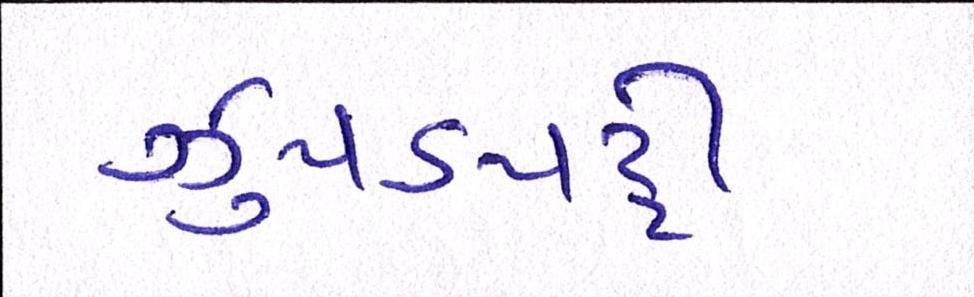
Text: ઝુપડપટ્ટી